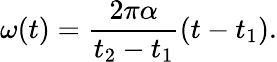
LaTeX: \omega(t)={\frac{2\pi\alpha}{t_{2}-t_{1}}}{(t-t_{1})}.